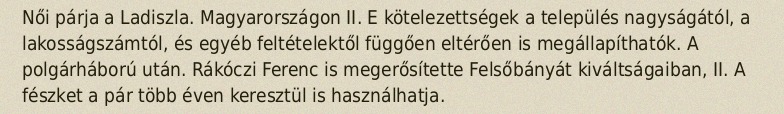
Női párja a Ladiszla. Magyarországon II. E kötelezettségek a település nagyságától, a lakosságszámtól, és egyéb feltételektől függően eltérően is megállapíthatók. A polgárháború után. Rákóczi Ferenc is megerősítette Felsőbányát kiváltságaiban, II. A fészket a pár több éven keresztül is használhatja.